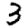
Digit: 3